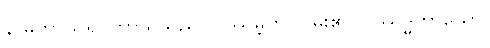
နာမကာယရူပကာယသည်။ ပဿမ္ဘတိ၊ ငြိမ်း၏။ ပဿဒ္ဓကာယော၊